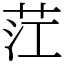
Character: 茳